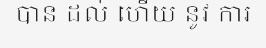
បាន ដល់ ហើយ នូវ ការ